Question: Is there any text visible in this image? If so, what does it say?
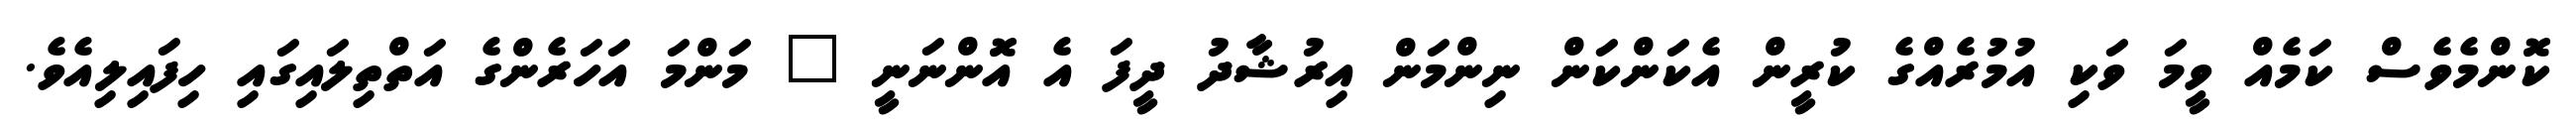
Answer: ކޮންމެވެސް ކަމެއް ވީމަ ވަކި އުމުރެއްގެ ކުރީން އެކަންކަން ނިންމަން އިރުޝާދު ދީފަ އެ އޮންނަނީ " މަންމަ އަހަރެންގެ އަތްތިލައިގައި ހިފައިލިއެވެ.